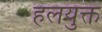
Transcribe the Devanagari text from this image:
हलयुक्त